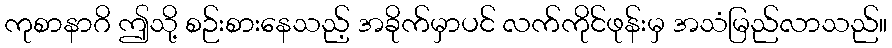
ကုစာနာဂိ ဤသို့ စဉ်းစားနေသည့် အခိုက်မှာပင် လက်ကိုင်ဖုန်းမှ အသံမြည်လာသည်။